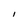
Character: I